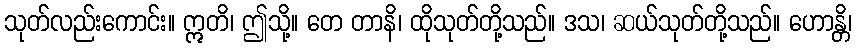
သုတ်လည်းကောင်း။ ဣတိ၊ ဤသို့။ တေ တာနိ၊ ထိုသုတ်တို့သည်။ ဒသ၊ ဆယ်သုတ်တို့သည်။ ဟောန္တိ၊